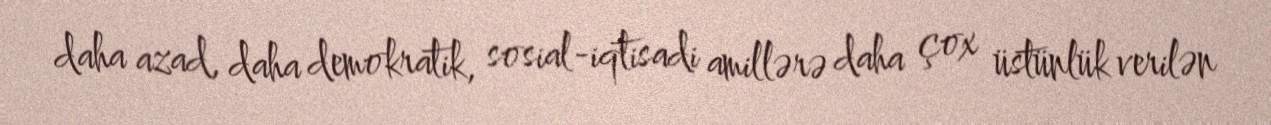
daha azad, daha demokratik, sosial-iqtisadi amillərə daha çox üstünlük verilən